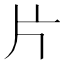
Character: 片